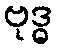
ဗုဒ္ဓ